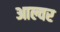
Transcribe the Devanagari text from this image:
आल्वर